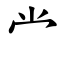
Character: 龸